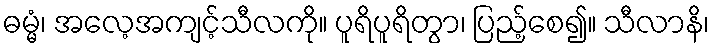
ဓမ္မံ၊ အလေ့အကျင့်သီလကို။ ပူရိပူရိတွာ၊ ပြည့်စေ၍။ သီလာနိ၊